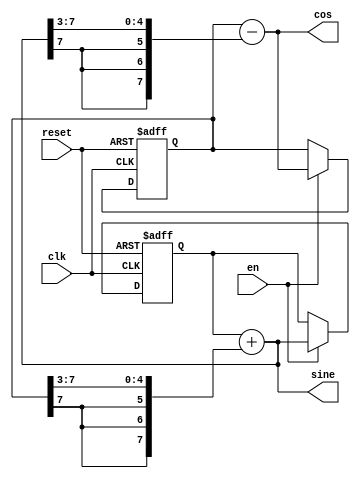
`timescale 1ns / 1ps
//////////////////////////////////////////////////////////////////////////////////
// Company: 
// Engineer: 
// 
// Design Name: 
// Module Name:    sine_cos 
// Project Name: 
// Target Devices: 
// Tool versions: 
// Description: 
//
// Dependencies: 
//
// Revision: 
// Revision 0.01 - File Created
// Additional Comments: 
//
//////////////////////////////////////////////////////////////////////////////////
module sine_cos(clk, reset, en, sine, cos);
   input clk, reset, en;
   output [7:0] sine,cos;
   reg [7:0] sine_r, cos_r;
   assign      sine = sine_r + {cos_r[7], cos_r[7], cos_r[7], cos_r[7:3]};
   assign      cos  = cos_r - {sine[7], sine[7], sine[7], sine[7:3]};
   always@(posedge clk or negedge reset)
     begin
         if (!reset) begin
             sine_r <= 0;
             cos_r <= 120;
         end else begin
             if (en) begin
                 sine_r <= sine;
                 cos_r <= cos;
             end
         end
     end
endmodule // sine_cos